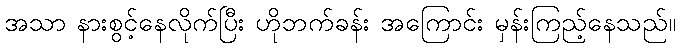
အသာ နားစွင့်နေလိုက်ပြီး ဟိုဘက်ခန်း အကြောင်း မှန်းကြည့်နေသည်။